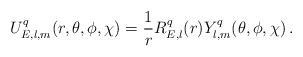
\begin{align*}U^{q}_{E,l,m}(r,\theta,\phi,\chi)=\frac{1}{r}R^{q}_{E,l}(r)Y^{q}_{l,m}(\theta,\phi,\chi)\,.\end{align*}